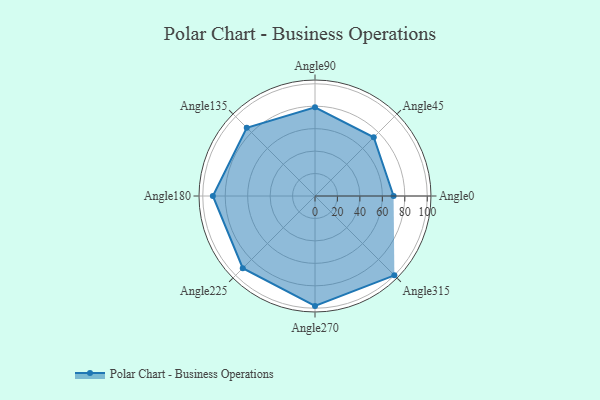
{"axis": {"x": "Angle", "y": "Radius"}, "legend": [""], "data": [{"x": "Angle0", "y": 70.0, "type": ""}, {"x": "Angle45", "y": 74.0, "type": ""}, {"x": "Angle90", "y": 79.0, "type": ""}, {"x": "Angle135", "y": 86.0, "type": ""}, {"x": "Angle180", "y": 91.0, "type": ""}, {"x": "Angle225", "y": 91.0, "type": ""}, {"x": "Angle270", "y": 98.0, "type": ""}, {"x": "Angle315", "y": 100.0, "type": ""}]}